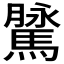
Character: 𩥔